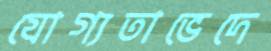
যোগ্যতাভেদে